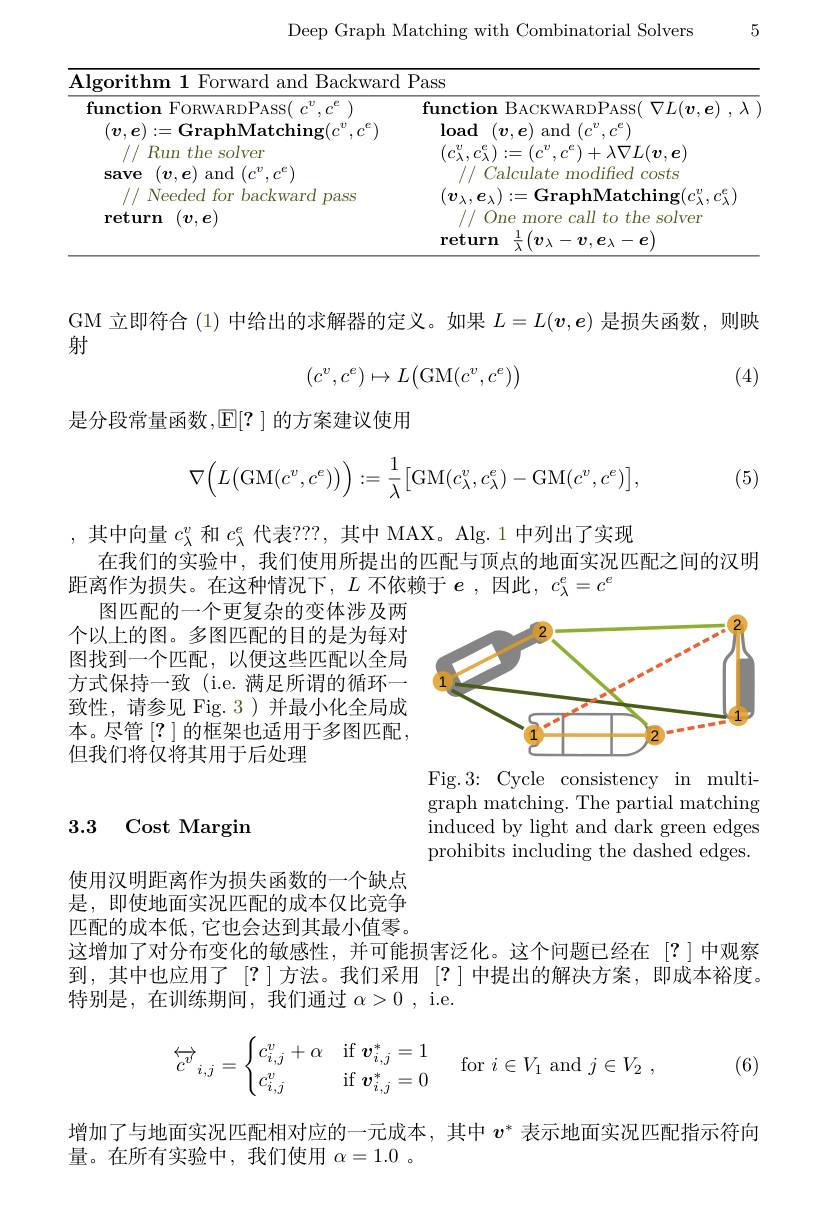
Deep Graph Matching with Combinatorial Solvers

5

<table>
	<tbody>
		<tr>
			<th colspan="2">10 amr $\overline{\mathrm{Backward~Pass}}$</th>
		</tr>
		<tr>
			<td>$\mathbf{save}$ $(\boldsymbol{v},\boldsymbol{e})$ and $(c^{v},c^{\mathbf{E}}$ 1 // Needed for backward pass ${\mathrm{return}}$ $(\boldsymbol{v},\boldsymbol{e})$</td>
			<td>Calculate modified costs $(\boldsymbol{v}_{\lambda},\boldsymbol{e}_{\lambda}):=$GraphMatching$(c_\lambda^{v},c_{\lambda}^{e})$ // One more call to the solver return $\cdot(v_{\lambda}$ $\lambda-v,e_{\lambda}-e$</td>
		</tr>
	</tbody>
</table>

GM 立即符合 (1)中给出的求解器的定义。如果$L=L(\boldsymbol{v},\boldsymbol{e})$是损失函数，则映
射
$$(c^v,c^e)\mapsto L\bigl(\mathrm{GM}(c^v,c^e)\bigr)$$
(4)

是分段常量函数，$\boxed{\mathbb{E}}[?]$的方案建议使用
$$\nabla\Big(L\big(\mathrm{GM}(c^v,c^e)\big)\Big):=\frac{1}{\lambda}\big[\mathrm{GM}(c_\lambda^v,c_\lambda^e)-\mathrm{GM}(c^v,c^e)\big],$$
(5)

,其中向量$c_\lambda^v$和$c_\lambda^e$代表？??,其中 MAX。Alg.1 中列出了实现
在我们的实验中，我们使用所提出的匹配与顶点的地面实况匹配之间的汉明
距离作为损失。在这种情况下，$L$ 不依赖于 $e$,因此$,c_\lambda^e=c^e$

图匹配的一个更复杂的变体涉及两个以上的图。多图匹配的目的是为每对图找到一个匹配，以便这些匹配以全局方式保持一致 (i.e. 满足所谓的循环一致性，请参见 Fig. 3 ) 并最小化全局成本。尽管 [?] 的框架也适用于多图匹配， 但我们将仅将其用于后处理

<FigureHere>

Fig.3:Cycle consistency in multigraph matching. The partial matching induced by light and dark green edges prohibits including the dashed edges.

## 3.3 Cost Margin

使用汉明距离作为损失函数的一个缺点

是，即使地面实况匹配的成本仅比竞争

匹配的成本低，它也会达到其最小值零。
这增加了对分布变化的敏感性，并可能损害泛化。这个问题已经在「?「中观察到，其中也应用了「?]方法。我们采用「? ] 中提出的解决方案，即成本裕度。特别是，在训练期间，我们通过$\alpha>0$,i.e
$$\overleftrightarrow{c^v}_{i,j}=\begin{cases}c_{i,j}^v+\alpha&\text{if}\:\boldsymbol{v}_{i,j}^*=1\\c_{i,j}^v&\text{if}\:\boldsymbol{v}_{i,j}^*=0\end{cases}\quad\text{for}\:i\in V_1\:\text{and}\:j\in V_2\:,$$
(6)

增加了与地面实况匹配相对应的一元成本，其中$v^*$表示地面实况匹配指示符向
量。在所有实验中，我们使用$\alpha=1.0$。